Note on the mental hospitals in Burma - 1925-1940
Year: 1925
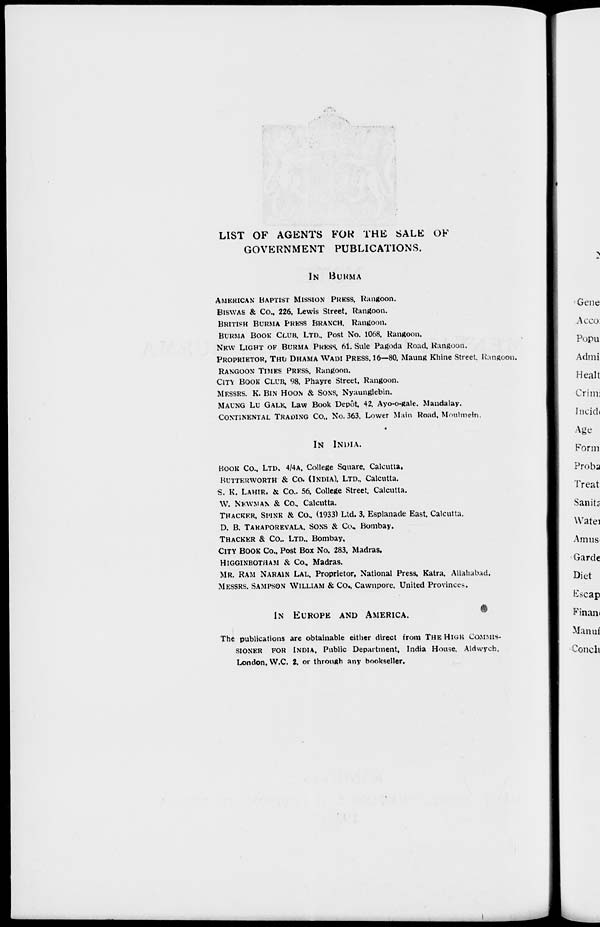
LIST OF AGENTS FOR THE SALE OF
GOVERNMENT PUBLICATIONS.
IN BURMA
AMERICAN BAPTIST MISSION PRESS, Rangoon.
BISWAS & Co., 226, Lewis Street, Rangoon.
BRITISH BURMA PRESS BRANCH, Rangoon.
BURMA BOOK CLUB. LTD., Post No. 1068, Rangoon.
NEW LIGHT OF BURMA PRESS, 61, Sule Pagoda Road, Rangoon.
PROPRIETOR, THU DHAMA WADI PRESS, 16—80, Maung Khine Street, Rangoon.
RANGOON TIMES PRESS, Rangoon.
CITY BOOK CLUB, 98, Phayre Street, Rangoon.
MESSRS. K. BIN HOON & SONS, Nyaunglebin.
MAUNG LU GALE, Law Book Depôt 42, Ayo-o-gale. Mandalay.
CONTINENTAL TRADING CO., No. 363, Lower Main Road, Moulmein.
IN INDIA.
BOOK Co., LTD. 4/4A, College Square, Calcutta.
BUTTERWORTH & Co. (INDIA), LTD., Calcutta.
S. K. LAHIRI & Co., 56, College Street. Calcutta.
W. NEWMAN & Co., Calcutta.
THACKER, SPINK & Co., (1933) Ltd. 3, Esplanade East, Calcutta.
D. B. TARAPOREVALA, SONS & Co., Bombay.
THACKER & Co., LTD., Bombay.
CITY BOOK Co., Post Box No. 283, Madras.
HIGGINBOTHAM & Co., Madras.
MR. RAM NARAIN LAL, Proprietor, National Press, Katra, Allahabad.
MESSRS. SAMPSON WILLIAM & Co., Cawnpore. United Provinces.
IN EUROPE AND AMERICA.
The publications are obtainable either direct from THE HIGH COMMIS-
SIONER FOR INDIA, Public Department, India House, Aldwych.
London, W.C. 2, or through any bookseller.